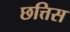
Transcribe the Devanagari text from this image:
छत्तिस